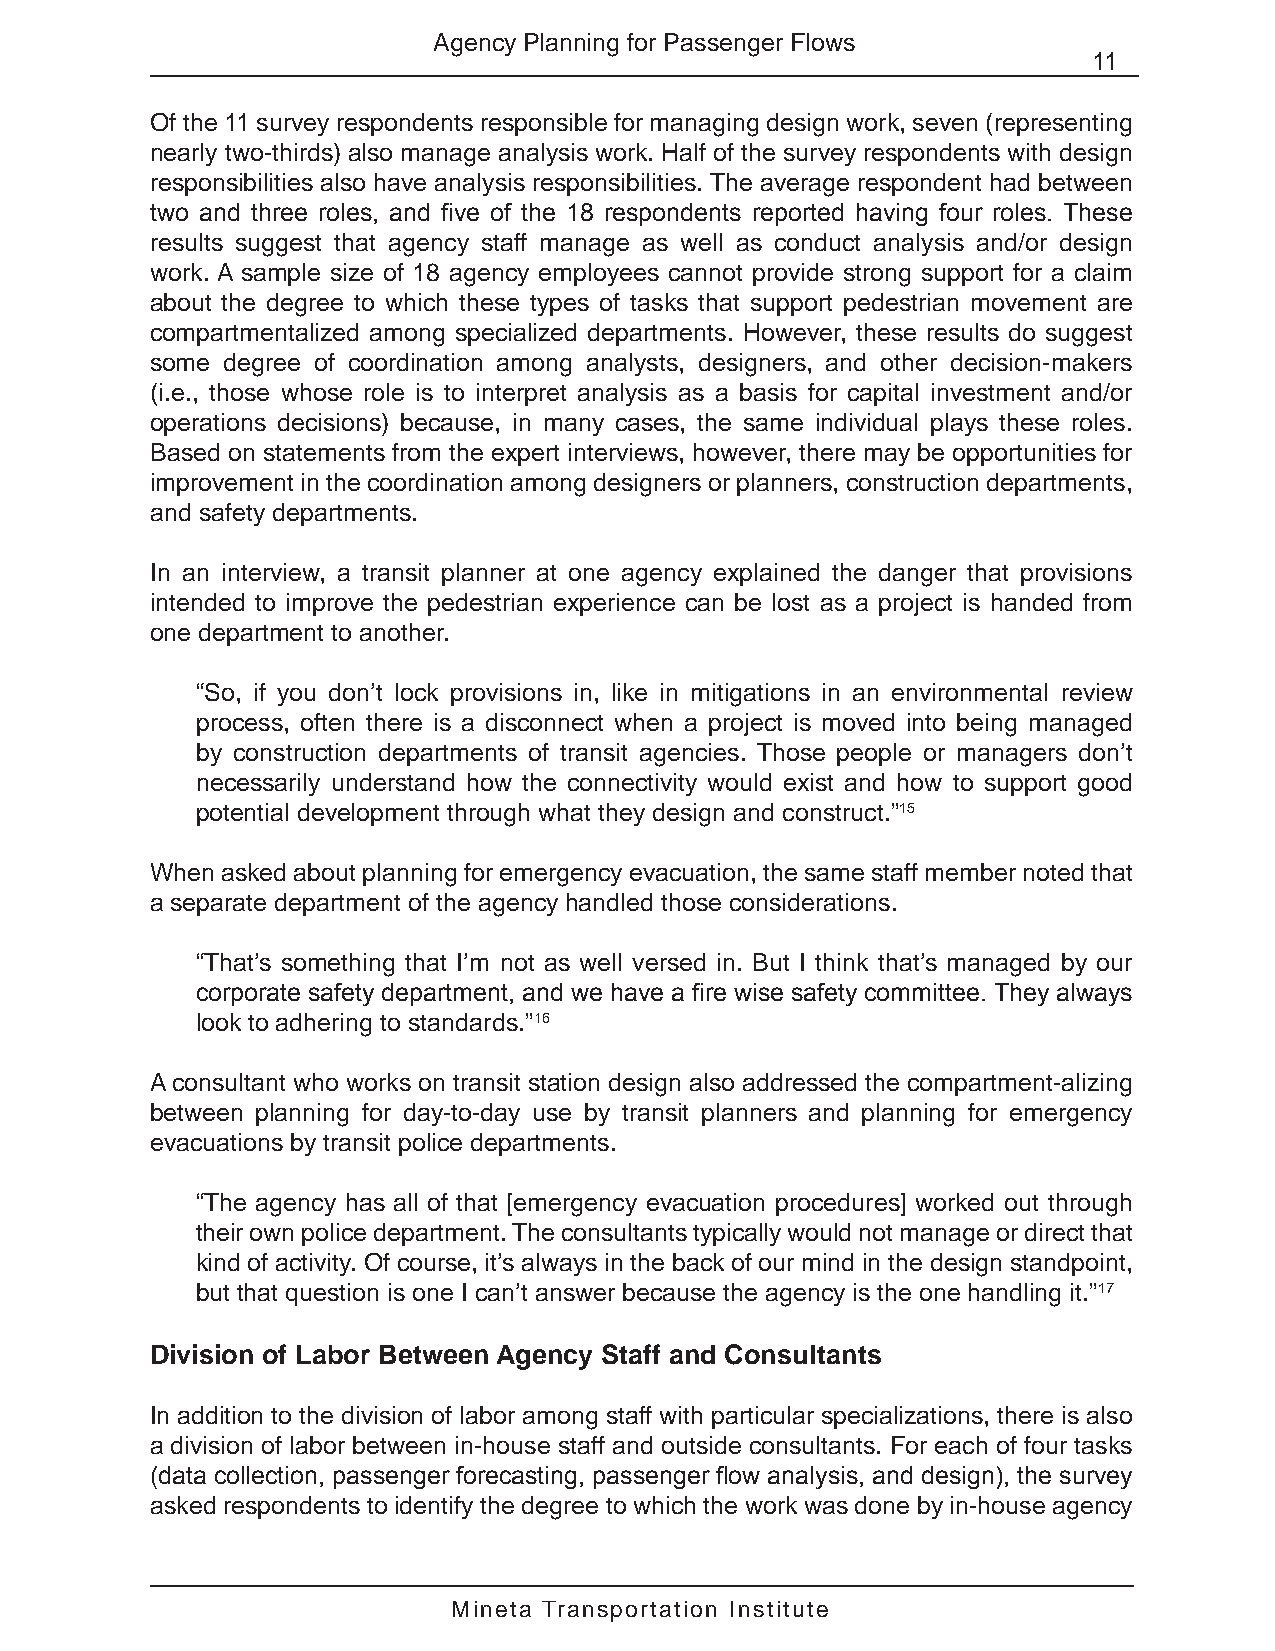
Agency Planning for Passenger Flows
 11
 Of the 11 survey respondents responsible for managing design work, seven (representing
 nearly two-thirds) also manage analysis work. Half of the survey respondents with design
 responsibilities also have analysis responsibilities. The average respondent had between
 two and three roles, and five of the 18 respondents reported having four roles. These
 results suggest that agency staff manage as well as conduct analysis and/or design
 work. A sample size of 18 agency employees cannot provide strong support for a claim
 about the degree to which these types of tasks that support pedestrian movement are
 compartmentalized among specialized departments. However, these results do suggest
 some degree of coordination among analysts, designers, and other decision-makers
 (i.e., those whose role is to interpret analysis as a basis for capital investment and/or
 operations decisions) because, in many cases, the same individual plays these roles.
 Based on statements from the expert interviews, however, there may be opportunities for
 improvement in the coordination among designers or planners, construction departments,
 and safety departments.
 In an interview, a transit planner at one agency explained the danger that provisions
 intended to improve the pedestrian experience can be lost as a project is handed from
 one department to another.
 “So, if you don’t lock provisions in, like in mitigations in an environmental review
 process, often there is a disconnect when a project is moved into being managed
 by construction departments of transit agencies. Those people or managers don’t
 necessarily understand how the connectivity would exist and how to support good
 potential development through what they design and construct.”15
 When asked about planning for emergency evacuation, the same staff member noted that
 a separate department of the agency handled those considerations.
 “That’s something that I’m not as well versed in. But I think that’s managed by our
 corporate safety department, and we have a fire wise safety committee. They always
 look to adhering to standards.”16
 A consultant who works on transit station design also addressed the compartment-alizing
 between planning for day-to-day use by transit planners and planning for emergency
 evacuations by transit police departments.
 “The agency has all of that [emergency evacuation procedures] worked out through
 their own police department. The consultants typically would not manage or direct that
 kind of activity. Of course, it’s always in the back of our mind in the design standpoint,
 but that question is one I can’t answer because the agency is the one handling it.”17
 Division of Labor Between Agency Staff and Consultants
 In addition to the division of labor among staff with particular specializations, there is also
 a division of labor between in-house staff and outside consultants. For each of four tasks
 (data collection, passenger forecasting, passenger flow analysis, and design), the survey
 asked respondents to identify the degree to which the work was done by in-house agency
 Mineta Transportation Institute